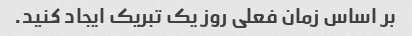
بر اساس زمان فعلی روز یک تبریک ایجاد کنید.